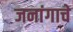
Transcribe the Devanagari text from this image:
जनांगाचे